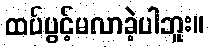
ထပ်ပွင့်မလာခဲ့ပါဘူး။